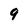
Character: 9